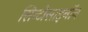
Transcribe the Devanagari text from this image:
सिन्टोसाइनॉन